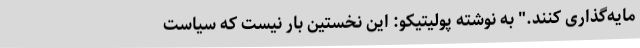
مایه‌گذاری کنند." به نوشته پولیتیکو: این نخستین بار نیست که سیاست